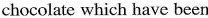
chocolate which have been